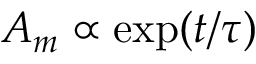
A _ { m } \propto \exp ( t / \tau )